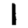
Digit: 1